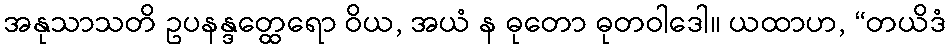
အနုသာသတိ ဥပနန္ဒတ္ထေရော ဝိယ, အယံ န ဓုတော ဓုတဝါဒေါ။ ယထာဟ, “တယိဒံ